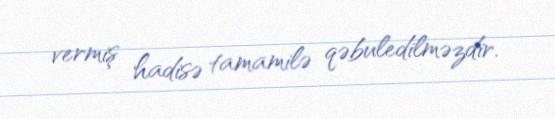
vermiş hadisə tamamilə qəbuledilməzdir.